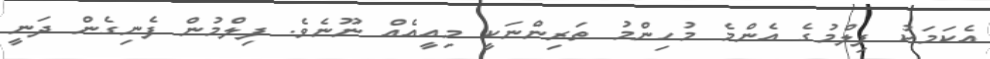
އެކަމަކު ފިލްމުގެ އެންމެ މުހިންމު ތަރިންނަކީ މިއީއެއް ނޫނެވެ. ފިލްމުން ފެނިގެން ދަނީ